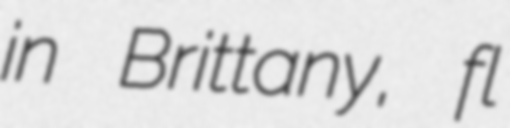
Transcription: in Brittany, fl